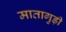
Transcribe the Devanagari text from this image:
मातागुड़ी